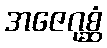
အဇေဂုစ္ဆံ